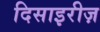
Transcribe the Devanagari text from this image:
दिसाइरीज़